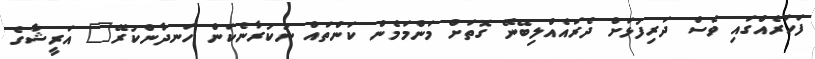
ފަހަރެއްގައި ވެސް ދަރިފުޅަށް ދެރައެއްލިބޭނޭ ގޮތަށް މަންމަމެން ކަންތައް ނުކުރާނެކަން ހަނދާންކުރޭ" އަރީޝާގެ